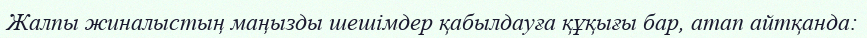
Жалпы жиналыстың маңызды шешімдер қабылдауға құқығы бар, атап айтқанда: